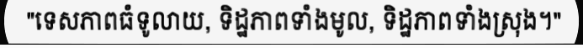
"ទេសភាពធំទូលាយ, ទិដ្ឋភាពទាំងមូល, ទិដ្ឋភាពទាំងស្រុង។"